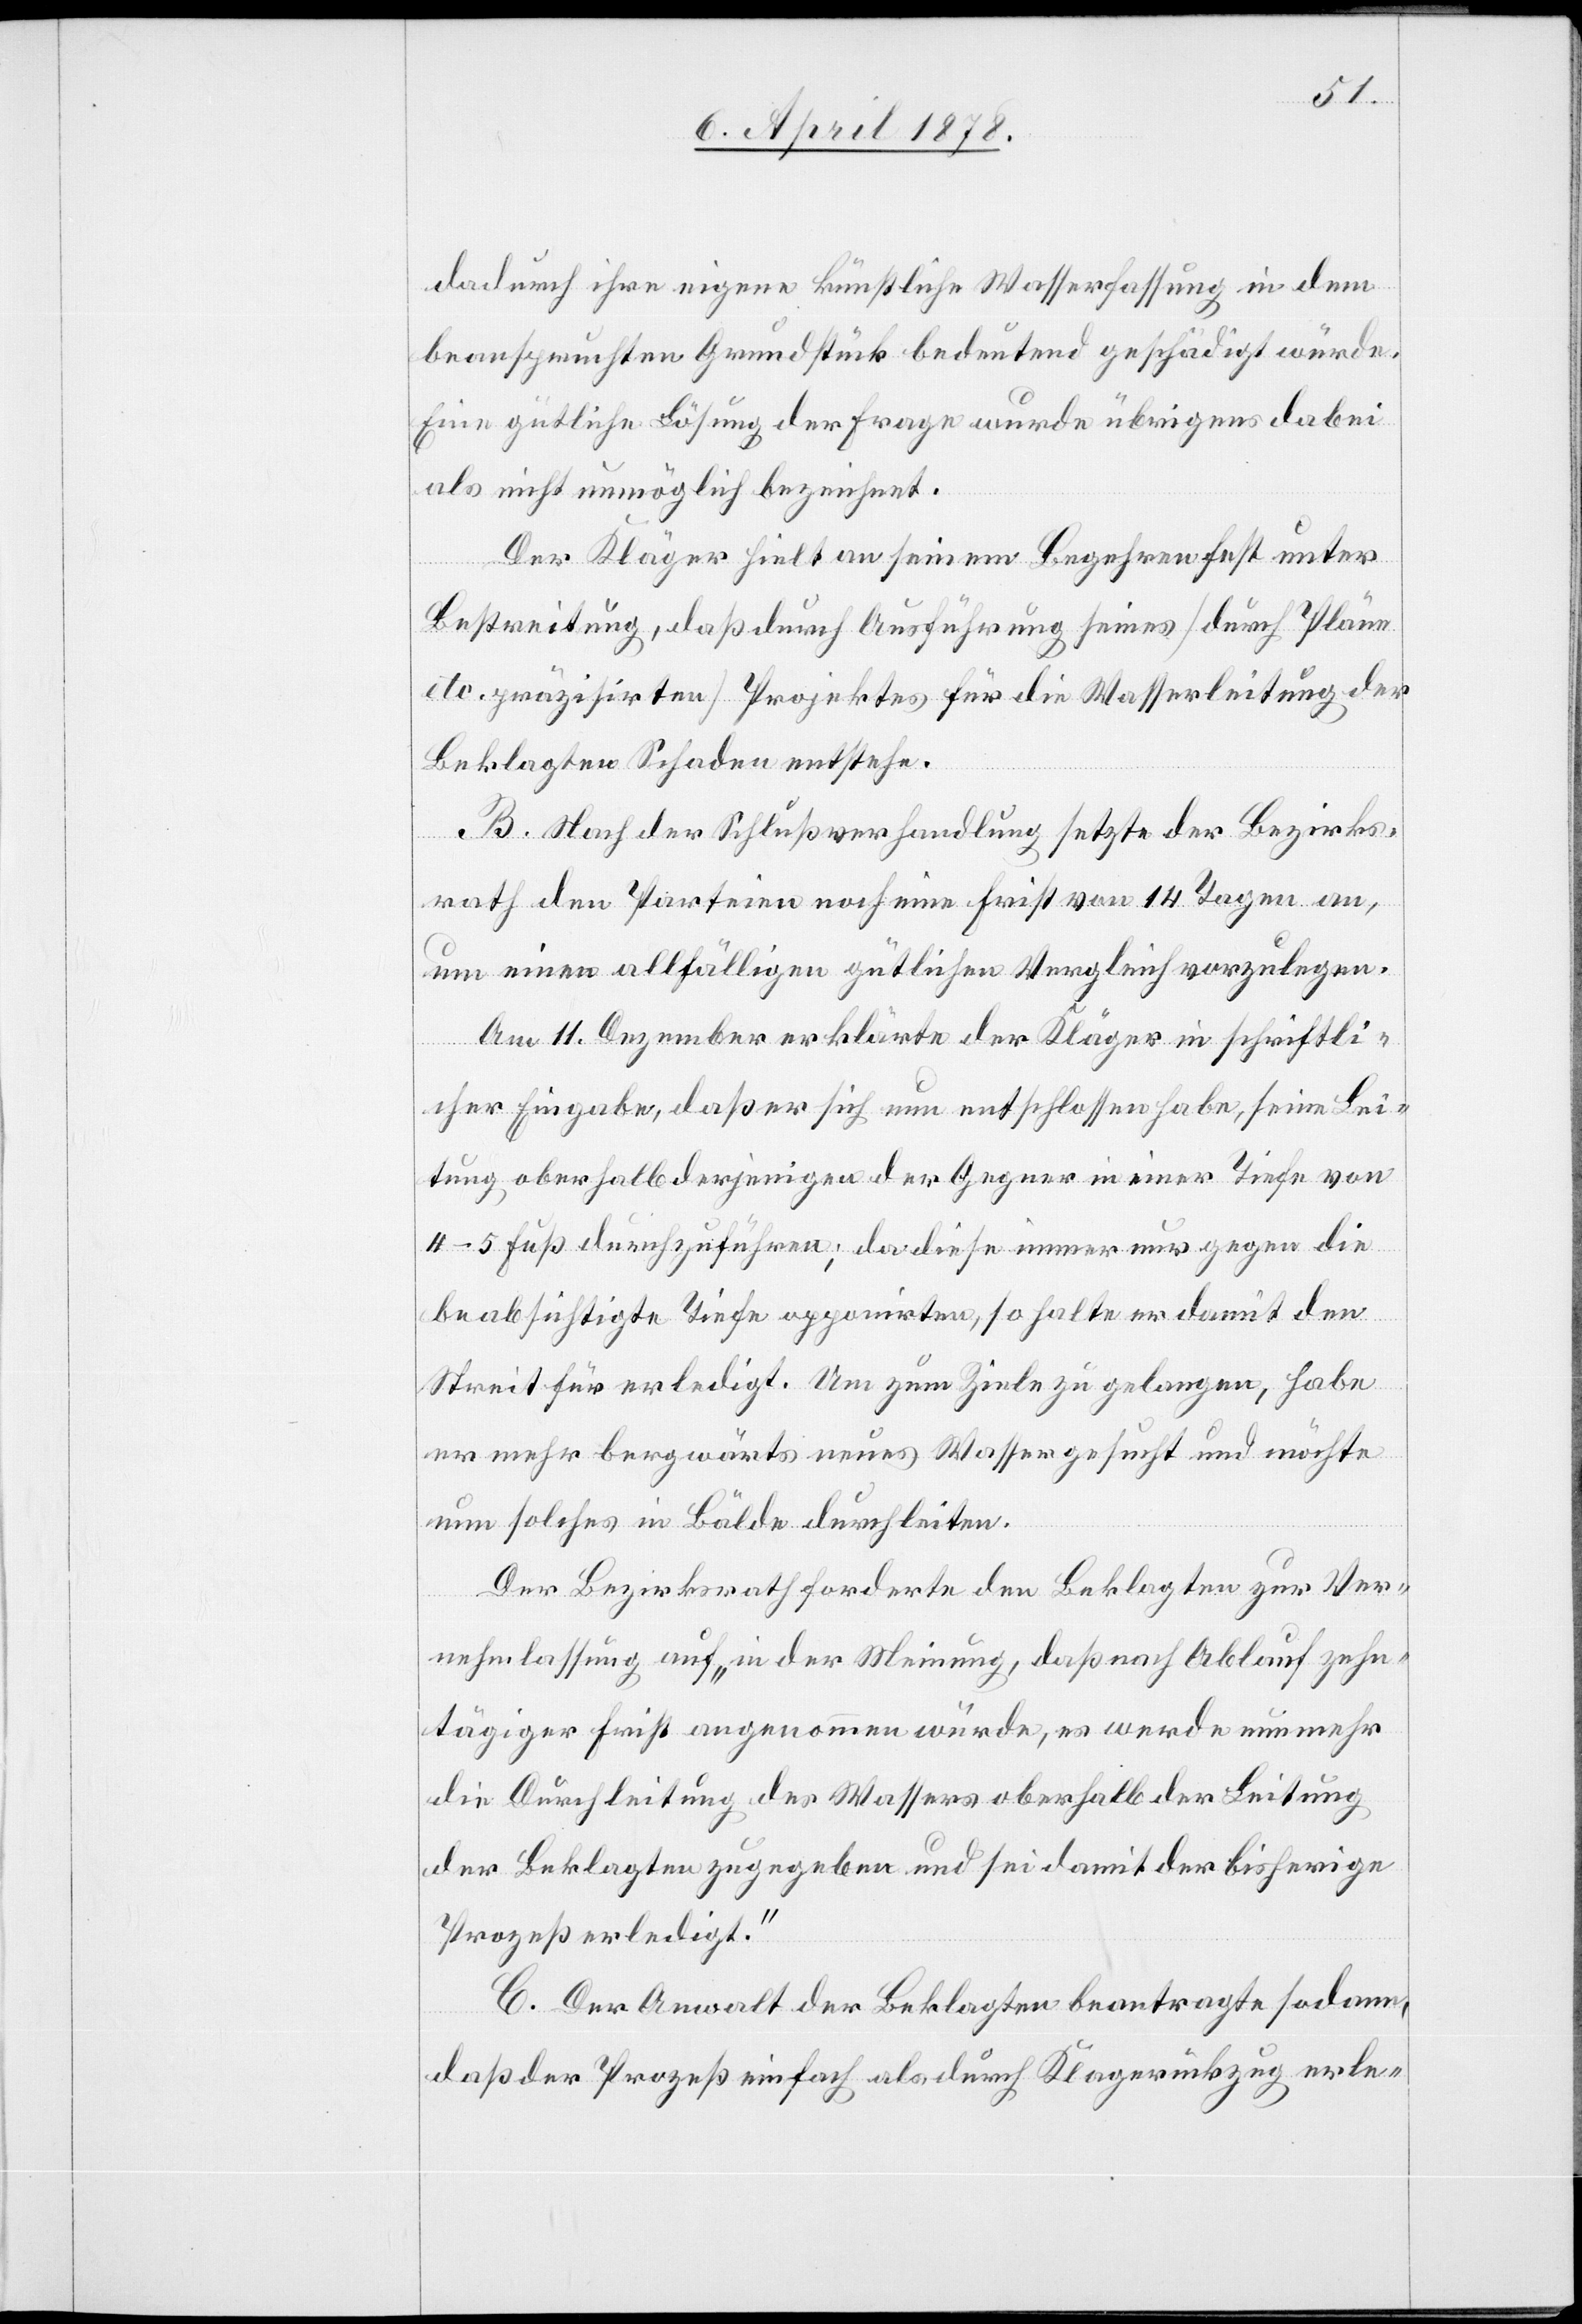
dadurch ihre eigene künstliche Wasserfassung in dem
beanspruchten Grundstück bedeutend geschädigt wurde.
Eine gütliche Lösung der Frage wurde übrigens dabei
als nicht unmöglich bezeichnet.
Der Kläger hielt an seinen Begehren fest unter
Bestreitung, daß durch Ausführung seines (durch Pläne
etc. präzisirten) Projektes für die Wasserleitung der
Beklagten Schaden entstehe.
B. Nach der Schlußverhandlung setzte der Bezirks¬
rath den Parteien noch eine Frist von 14 Tagen an,
um einen allfälligen gütlichen Vergleich vorzulegen.
Am 11. Dezember erklärte der Kläger in schriftli¬
cher Eingabe, daß er sich nun entschlossen habe, seine Lei¬
tung oberhalb derjenigen der Gegner in einer Tiefe von
4–5 Fuß durchzuführen; da diese immer nur gegen die
beabsichtigte Tiefe opponirten, so halte er damit den
Streit für erledigt. Um zum Ziele zu gelangen, habe
er mehr bergwärts neues Wasser gesucht und möchte
nun solches in Bälde durchleiten.
Der Bezirksrath forderte den Beklagten zur Ver¬
nehmlassung auf „in der Meinung, daß nach Ablauf zehn¬
tägiger Frist angenommen würde, es werde nunmehr
die Durchleitung des Wassers oberhalb der Leitung
der Beklagten zugegeben und sei damit der bisherige
Prozeß erledigt.“
C. Der Anwalt der Beklagten beantragte sodann,
daß der Prozeß einfach als durch Klagenrückzug erle-